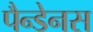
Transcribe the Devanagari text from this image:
पैन्डेनस